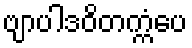
ဗျာပါဒဝိတက္ကံပေ